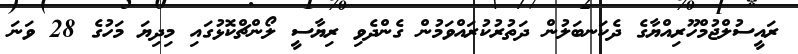
ރައީސުލްޖުމްހޫރިއްޔާގެ ދެކަނބަލުން ދަތުރުކުރައްވަމުން ގެންދެވި ރިޔާސީ ލޯންޗްކޮޅުގައި މިދިޔަ މަހުގެ 28 ވަނަ